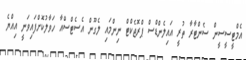
އެމްޓީސީސީން ސެންޓާރާ ތުރީ އައިލެންޑްސް ޕްރޮޖެކްޓް ނިންމައި ލެގޫން އެސެޓްސްއާ ހަވާލުކޮށްފައިވަނީ އިއްޔެ